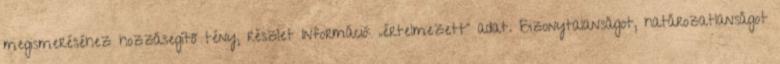
megismeréséhez hozzásegítő tény, részlet Információ: „értelmezett” adat. Bizonytalanságot, határozatlanságot